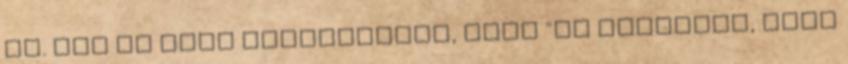
le. Itt is erre számítottak, hogy "ok szakadás, majd